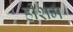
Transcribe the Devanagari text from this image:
हीशम